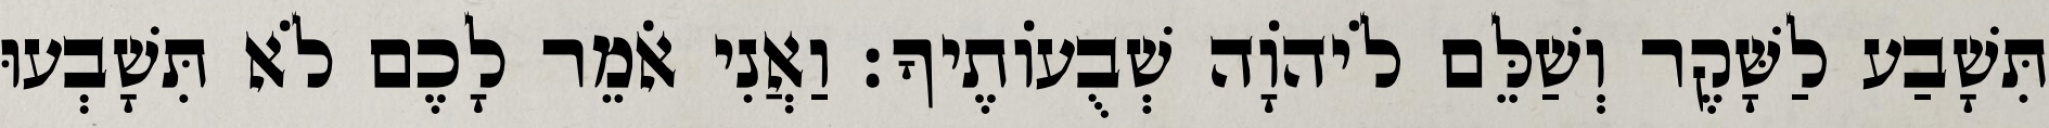
תִּשָׁבַע לַשָּׁקֶר וְשַׁלֵּם לֹיהוָֹה שְׁבֻעוֹתֶיךָ׃ וַאֲנִי אֹמֵר לָכֶם לֹא תִּשָׁבְעוּ